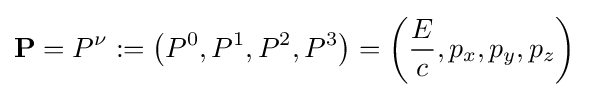
\mathbf {P} =P^{\nu }:=\left(P^{0},P^{1},P^{2},P^{3}\right)=\left({\frac {E}{c}},p_{x},p_{y},p_{z}\right)